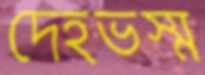
দেহভস্ম